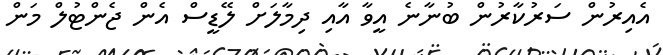
އެއިރުން ސަރުކާރުން ބުނާނެ އީވާ އާއި ދިމާލަށް ލޭޑީސް އެން ޖެންޓުލް މަން